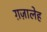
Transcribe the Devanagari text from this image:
ग़ज़ालेह